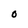
Character: O